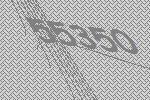
55350